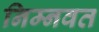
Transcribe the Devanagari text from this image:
निम्‍नवत